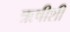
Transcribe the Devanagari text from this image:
ऋषीशी